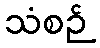
သံစဉ်